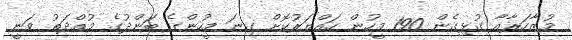
މުޒާހަރާއާ ގުޅިގެން 190 މީހުން ހައްޔަރުކޮށް ގިނަ މީހުންގެ ބަންދުގެ މުއްދަތު ވަނީ